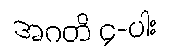
အဂတိ ၄-ပါး